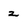
Character: z